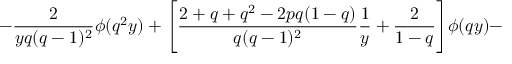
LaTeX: - \frac { 2 } { y q ( q - 1 ) ^ { 2 } } \phi ( q ^ { 2 } y ) + \Bigg [ \frac { 2 + q + q ^ { 2 } - 2 p q ( 1 - q ) } { q ( q - 1 ) ^ { 2 } } \frac { 1 } { y } + \frac { 2 } { 1 - q } \Bigg ] \phi ( q y ) -